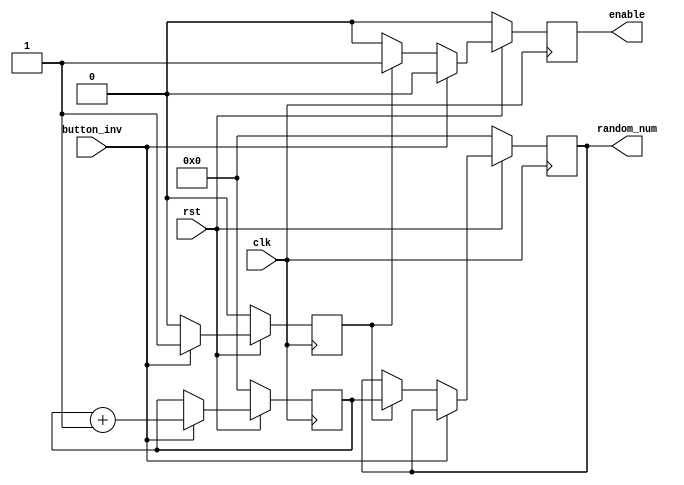
// ECE6370
//4 bit binary counter
module four_Bit_Binary_Counter(button_inv,clk,rst,random_num,enable);
 input button_inv,clk,rst;
 output reg [3:0] random_num;
 output reg enable;
 reg [3:0] count;
 reg flag;

always @(posedge clk)
begin
if(rst==0)
begin
 count<=4'b0000;
 random_num<=4'b0000;
 enable<=0;
 flag=0;
end
else
begin
 if(button_inv==1)
 begin
 flag<=1;
 enable<=0;
 count<=count+4'b0001;
 end
 else
 begin
 if(flag==1)
 begin
 flag<=0;
 enable<=1;
 random_num<=count;
 end
 else enable<=0;
 end
end
end
endmodule